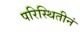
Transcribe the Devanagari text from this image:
परिस्थितीनं